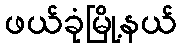
ဖယ်ခုံမြို့နယ်